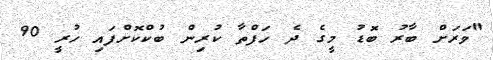
"ވަރަށް ބާރު ބޮޑު މީގެ ދެ ހަފްތާ ކުރިން ބުކްކޮށްފައި ހުރީ 90